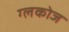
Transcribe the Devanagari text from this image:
ग्लकोज